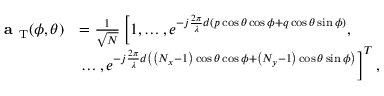
\begin{array} { r l } { \textbf { a } _ { \mathrm { T } } ( \phi , \theta ) } & { = \frac { 1 } { \sqrt { N } } \left[ 1 , \dots , e ^ { - j \frac { 2 \pi } { \lambda } d \left( p \cos { \theta } \cos { \phi } + q \cos { \theta } \sin { \phi } \right) } , \right. } \\ & { \left. \dots , e ^ { - j \frac { 2 \pi } { \lambda } d \left( \left( N _ { x } - 1 \right) \cos { \theta } \cos { \phi } + \left( N _ { y } - 1 \right) \cos { \theta } \sin { \phi } \right) } \right] ^ { T } , } \end{array}